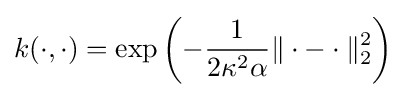
k(\cdot ,\cdot )=\exp \left(-{\frac {1}{2\kappa ^{2}\alpha }}\|\cdot -\cdot \|_{2}^{2}\right)